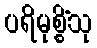
ပရိမုစ္စိံသု